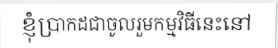
ខ្ញុំប្រាកដជាចូលរួមកម្មវិធីនេះនៅ